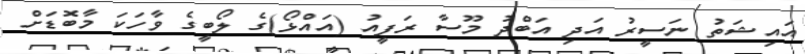
އައިޝަތު ނަސީރު އަދި އަބްދު މޫސާ ރަފީއު (އައްޅޯ)ގެ ލޯބީގެ ވާހަކަ މާބޮޑަށް